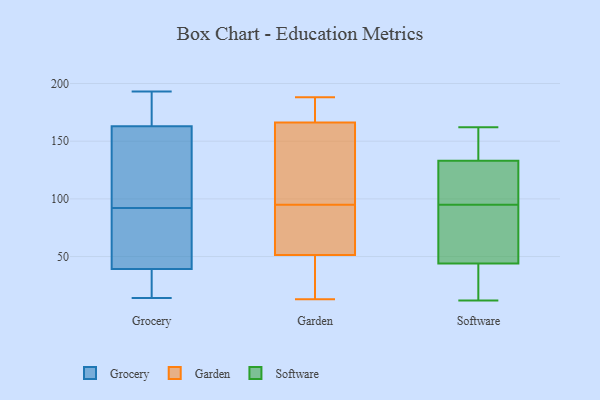
{"axis": {"x": "Conversion Rate (%)", "y": "Value"}, "legend": ["Garden", "Grocery", "Software"], "data": [{"x": "", "y": 37, "type": "Grocery"}, {"x": "", "y": 139, "type": "Grocery"}, {"x": "", "y": 148, "type": "Grocery"}, {"x": "", "y": 43, "type": "Grocery"}, {"x": "", "y": 193, "type": "Grocery"}, {"x": "", "y": 181, "type": "Grocery"}, {"x": "", "y": 40, "type": "Grocery"}, {"x": "", "y": 19, "type": "Grocery"}, {"x": "", "y": 178, "type": "Grocery"}, {"x": "", "y": 14, "type": "Grocery"}, {"x": "", "y": 51, "type": "Grocery"}, {"x": "", "y": 158, "type": "Grocery"}, {"x": "", "y": 92, "type": "Grocery"}, {"x": "", "y": 95, "type": "Garden"}, {"x": "", "y": 177, "type": "Garden"}, {"x": "", "y": 20, "type": "Garden"}, {"x": "", "y": 167, "type": "Garden"}, {"x": "", "y": 143, "type": "Garden"}, {"x": "", "y": 38, "type": "Garden"}, {"x": "", "y": 166, "type": "Garden"}, {"x": "", "y": 78, "type": "Garden"}, {"x": "", "y": 52, "type": "Garden"}, {"x": "", "y": 157, "type": "Garden"}, {"x": "", "y": 49, "type": "Garden"}, {"x": "", "y": 183, "type": "Garden"}, {"x": "", "y": 112, "type": "Garden"}, {"x": "", "y": 188, "type": "Garden"}, {"x": "", "y": 13, "type": "Garden"}, {"x": "", "y": 83, "type": "Garden"}, {"x": "", "y": 65, "type": "Garden"}, {"x": "", "y": 61, "type": "Software"}, {"x": "", "y": 162, "type": "Software"}, {"x": "", "y": 38, "type": "Software"}, {"x": "", "y": 124, "type": "Software"}, {"x": "", "y": 79, "type": "Software"}, {"x": "", "y": 130, "type": "Software"}, {"x": "", "y": 51, "type": "Software"}, {"x": "", "y": 140, "type": "Software"}, {"x": "", "y": 136, "type": "Software"}, {"x": "", "y": 138, "type": "Software"}, {"x": "", "y": 144, "type": "Software"}, {"x": "", "y": 128, "type": "Software"}, {"x": "", "y": 12, "type": "Software"}, {"x": "", "y": 33, "type": "Software"}, {"x": "", "y": 111, "type": "Software"}, {"x": "", "y": 39, "type": "Software"}, {"x": "", "y": 49, "type": "Software"}, {"x": "", "y": 59, "type": "Software"}, {"x": "", "y": 118, "type": "Software"}, {"x": "", "y": 19, "type": "Software"}]}